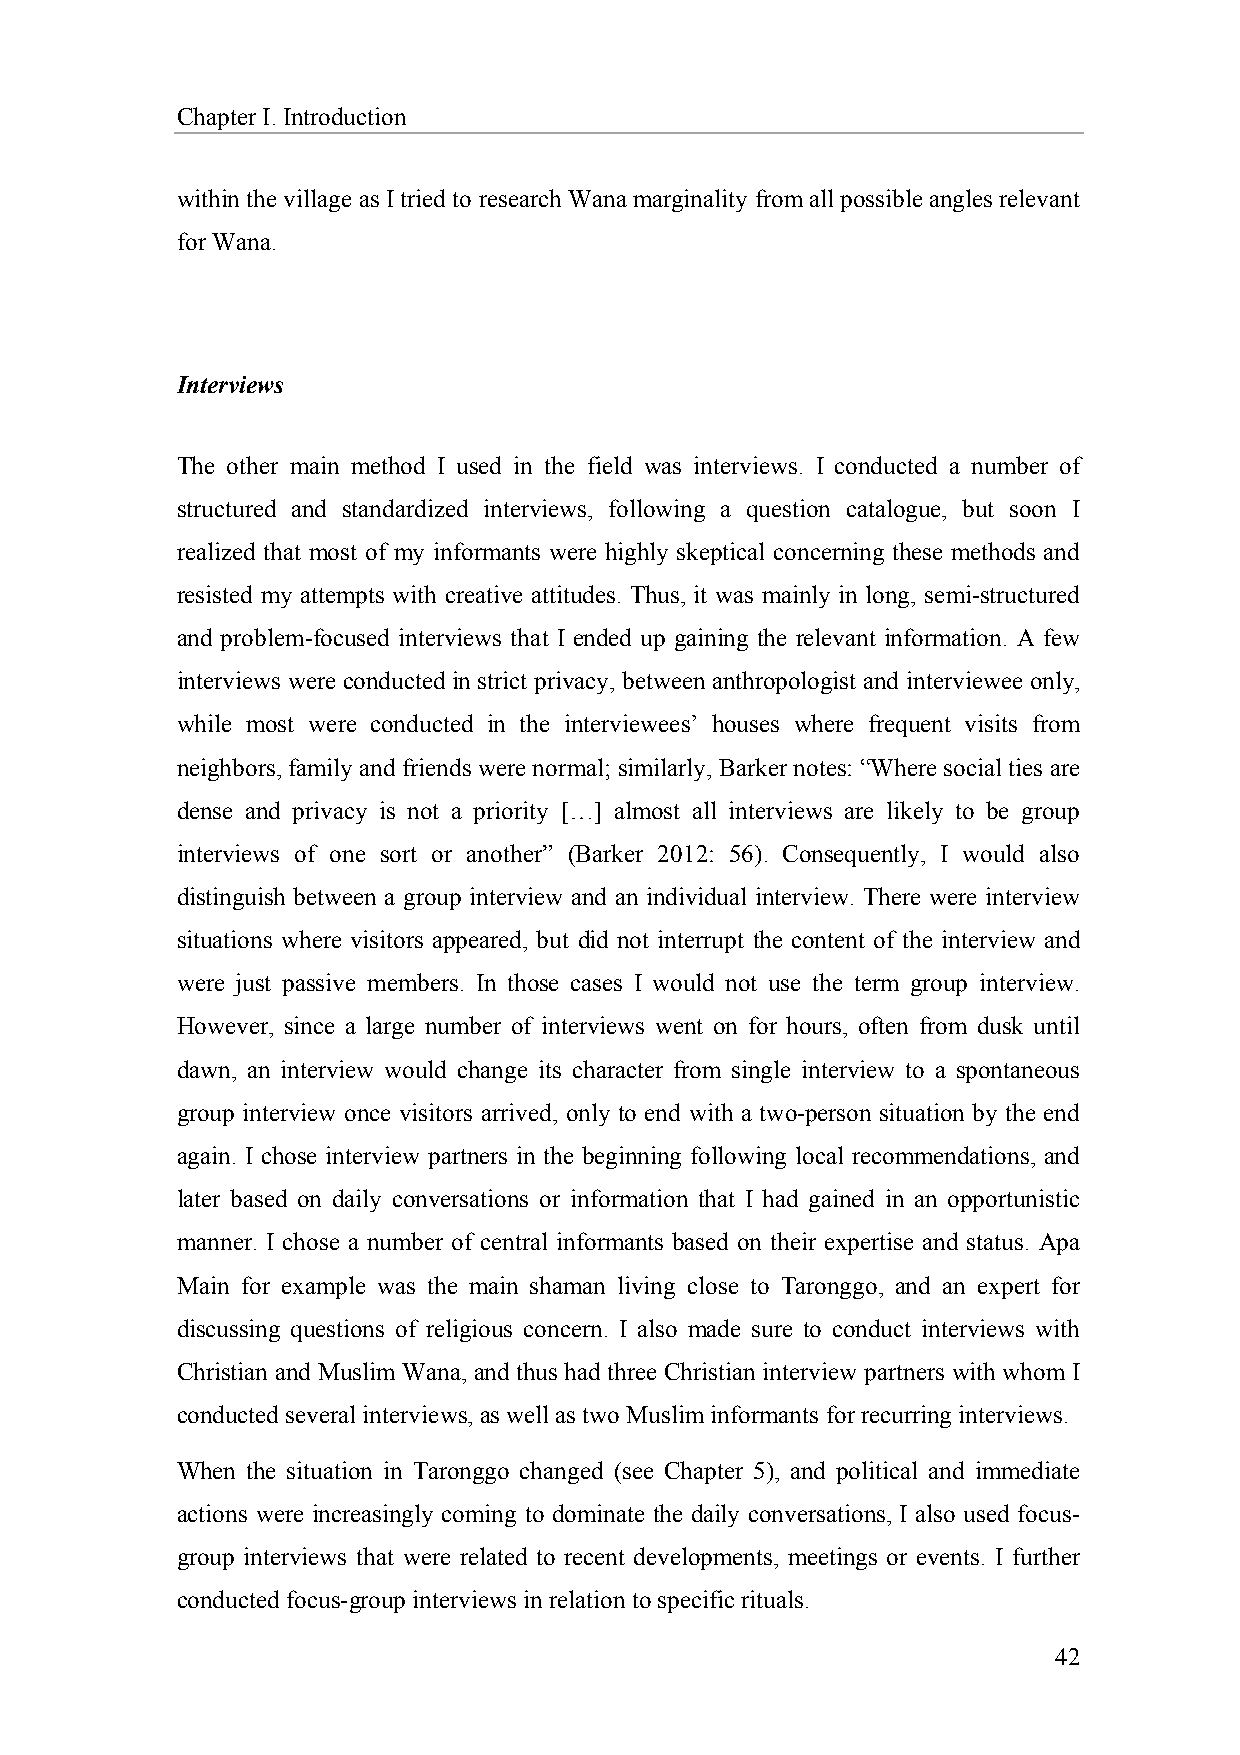
Chapter I. Introduction
 within the village as I tried to research Wana marginality from all possible angles relevant
 for Wana.
 Interviews
 The other main method I used in the field was interviews. I conducted a number of
 structured and standardized interviews, following a question catalogue, but soon I
 realized that most of my informants were highly skeptical concerning these methods and
 resisted my attempts with creative attitudes. Thus, it was mainly in long, semi-structured
 and problem-focused interviews that I ended up gaining the relevant information. A few
 interviews were conducted in strict privacy, between anthropologist and interviewee only,
 while most were conducted in the interviewees’ houses where frequent visits from
 neighbors, family and friends were normal; similarly, Barker notes: “Where social ties are
 dense and privacy is not a priority […] almost all interviews are likely to be group
 interviews of one sort or another” (Barker 2012: 56). Consequently, I would also
 distinguish between a group interview and an individual interview. There were interview
 situations where visitors appeared, but did not interrupt the content of the interview and
 were just passive members. In those cases I would not use the term group interview.
 However, since a large number of interviews went on for hours, often from dusk until
 dawn, an interview would change its character from single interview to a spontaneous
 group interview once visitors arrived, only to end with a two-person situation by the end
 again. I chose interview partners in the beginning following local recommendations, and
 later based on daily conversations or information that I had gained in an opportunistic
 manner. I chose a number of central informants based on their expertise and status. Apa
 Main for example was the main shaman living close to Taronggo, and an expert for
 discussing questions of religious concern. I also made sure to conduct interviews with
 Christian and Muslim Wana, and thus had three Christian interview partners with whom I
 conducted several interviews, as well as two Muslim informants for recurring interviews.
 When the situation in Taronggo changed (see Chapter 5), and political and immediate
 actions were increasingly coming to dominate the daily conversations, I also used focus-
 group interviews that were related to recent developments, meetings or events. I further
 conducted focus-group interviews in relation to specific rituals.
 42